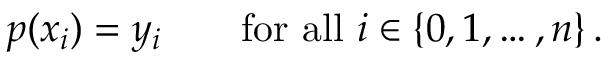
p ( x _ { i } ) = y _ { i } \qquad { \mathrm { f o r ~ a l l ~ } } i \in \left\{ 0 , 1 , \dots , n \right\} .